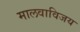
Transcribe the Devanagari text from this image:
मालवाविजय